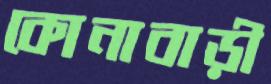
কোনাবাড়ী